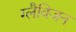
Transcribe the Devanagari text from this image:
ग्लैविजन